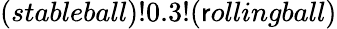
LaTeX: (stableball)!0.3!(\mathsf{r}ollingball)